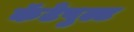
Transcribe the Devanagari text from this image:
कॅटेपुल्ट